Lunatic asylums Punjab 1881-1894 - 1881-1894
Year: 1881
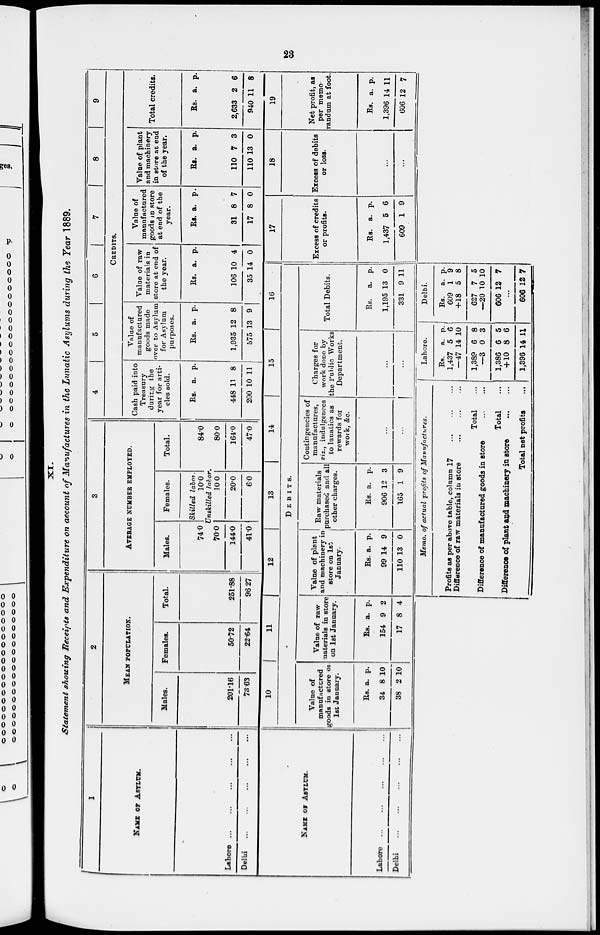
23
Statement showing Receipts and Expenditure on account of Manufactures in the Lunatic Asylums during the Year 1889.
1
NAME OF ASYLUM.
Lahore ... ... ... ... ...
Delhi
...
...
...
...
...
2
MEAN POPULATION.
Males.
201.16
73.63
Females.
50.72
22.64
Total.
251.88
96.27
3
AVERAGE NUMBER EMPLOYED.
Males.
74.0
70.0
144.0
41.0
Females.
Skilled labor.
10.0
Unskilled labor.
10.0
20.0
6.0
Total.
84.0
80.0
164.0
47.0
4
5
6
7
8
9
CREDITS.
Cash paid into
Treasury
durirg the
year for arti-
cles sold.
Rs. a. p.
448
200
11
10
8
11
Value of
manufactured
goods made
over to Asylum
for Asylum
purposes.
Rs. a.
p.
1,935
575
12
13
8
9
Value of raw
materials in
Store at end of
the year.
Rs. a.
p.
106
35
10
14
4
0
Value of
manufactured
goods in store
at end of the
year.
Rs. a.
p.
31
17
8
8
7
0
Value of plant
and machinery
in store at end
of the year.
Rs. a.
p.
110
110
7
13
3
0
Total credits.
Rs. a.
p.
2,633
940
2
11
6
8
NAME OF ASYLUM.
Lahore
...
...
...
...
...
Delhi
...
...
...
...
...
10
11
12
13
14
15
16
DEBITS.
Value of
manufactured
goods in store or
1st
January.
Rs.
34
38
a.
8
2
p.
10
10
Value of raw
Materials in store
on 1st January.
Rs.
154
17
a.
9
8
p.
2
4
Value of plant
and machinery in
Store on 1st
January.
Rs.
99
110
a.
14
13
p.
9
0
Raw materials
purchased and all
other charges.
Rs.
906
165
a.
12
1
p.
3
9
Contingencies of
manufactures,
viz., indulgences
to lunatics as
rewards for
work, &c.
...
...
Charges for
work done by
the Public Works
Department.
...
Total Debits.
Rs.
1,195
331
a.
13
9
p.
0
11
17
Excess of credits
or profits.
Rs.
1,437
609
a.
5
1
p.
6
9
18
Excess of debits
or loss.
...
...
19
Net profit, as
per memo-
randum at foot.
Rs.
1,396
606
a.
14
12
p.
11
7
Memo of actual profits of Manufactures.
Profits as per above table, column 17 ... ... ...
Difference of raw materials in store
Total ...
Difference of manufactured goods in store
...
...
Total ...
Difference of plant and machinery in store
...
...
Total net profits
...
Labore.
Rs.
1,437
—47
1,389
—3
1,386
+10
1,396
a.
5
14
6
0
6
8
14
p.
6
10
8
3
5
6
11
Delhi.
Rs.
609
+18
627
—20
606
a.
1
5
7
10
12
P.
9
8
5
10
7
...
606 12 7